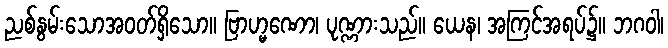
ညစ်နွမ်းသောအဝတ်ရှိသော။ ဗြာဟ္မဏော၊ ပုဏ္ဏားသည်။ ယေန၊ အကြင်အရပ်၌။ ဘဂဝါ၊